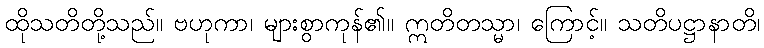
ထိုသတိတို့သည်။ ဗဟုကာ၊ များစွာကုန်၏။ ဣတိတသ္မာ၊ ကြောင့်။ သတိပဋ္ဌာနာတိ၊